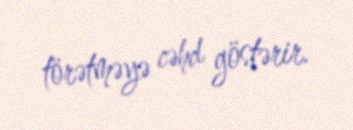
törətməyə cəhd göstərir.